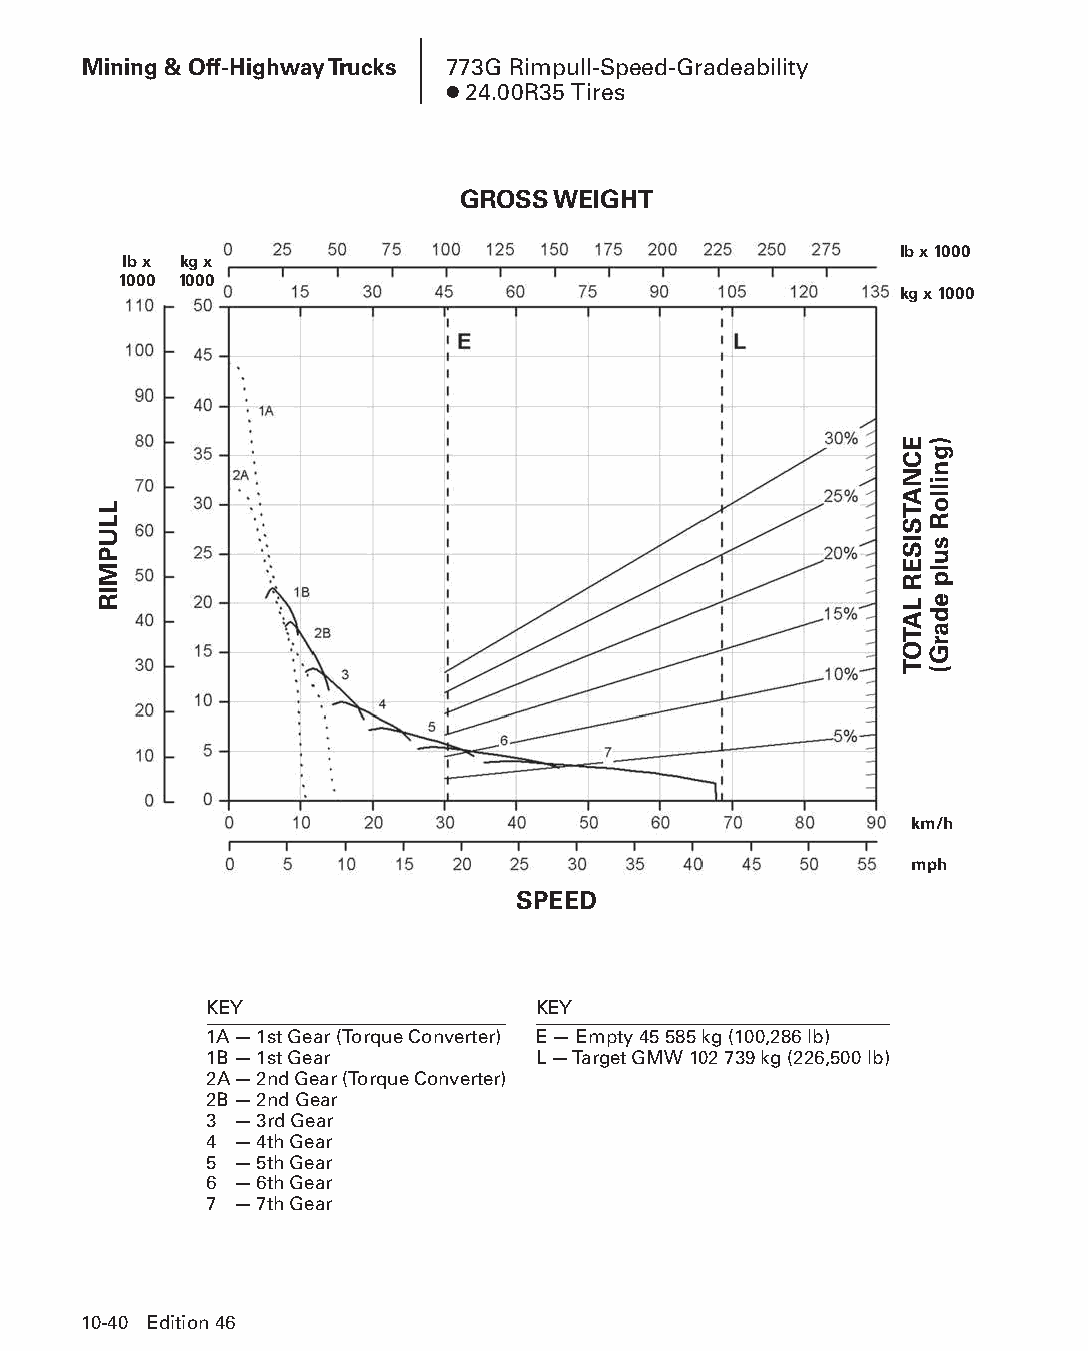
Mining & Off-Highway Trucks 773G Rimpull-Speed-Gradeability
 ● 24.00R35 Tires
 GROSS WEIGHT
 lb x 1000
 lb x kg x
 1000 1000
 kg x 1000
 km/h
 mph
 SPEED
 KEY                   KEY
 1A — 1st Gear (Torque Converter) E — Empty 45 585 kg (100,286 lb)
 1B — 1st Gear         L — Target GMW 102 739 kg (226,500 lb)
 2A — 2nd Gear (Torque Converter)
 2B — 2nd Gear
 3 — 3rd Gear
 4 — 4th Gear
 5 — 5th Gear
 6 — 6th Gear
 7 — 7th Gear
 10-40 Edition 46
 PPHHBB--SSeecc1100((ppgg0011--5522))..iinndddd 4400            1122//44//1155 1100::4444 AAMM
 LLUPMIR
 ECNATSISER
 LATOT
 )gnilloR
 sulp
 edarG(